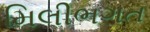
મિલીભગત